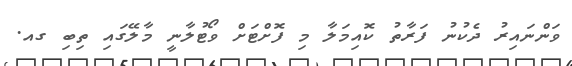
ވަންނައިރު ދެކުނު ފަރާތު ކޮއިމަލާ މި ފޮށްޓަށް ވޯޓުލާނީ މާލޭގައި ތިބި ގއ.